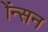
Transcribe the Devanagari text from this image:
ॲन्सन